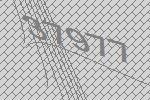
37977